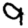
Digit: 9